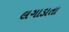
લગાડાતા